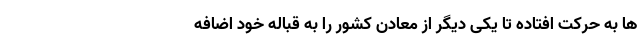
ها به حرکت افتاده تا یکی دیگر از معادن کشور را به قباله خود اضافه